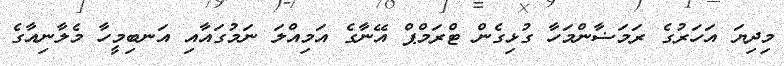
މިދިޔަ އަހަރުގެ ރަމަޟާންމަހާ ގުޅިގެން ޓްރަމްޕް އޭނާގެ އަމިއްލަ ނަމުގައާއި އަނބިމީހާ މެލާނިއާގެ